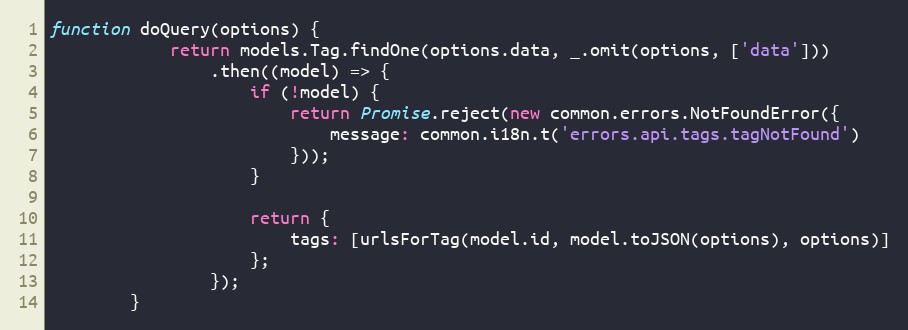
Language: JavaScript
function doQuery(options) {
            return models.Tag.findOne(options.data, _.omit(options, ['data']))
                .then((model) => {
                    if (!model) {
                        return Promise.reject(new common.errors.NotFoundError({
                            message: common.i18n.t('errors.api.tags.tagNotFound')
                        }));
                    }

                    return {
                        tags: [urlsForTag(model.id, model.toJSON(options), options)]
                    };
                });
        }